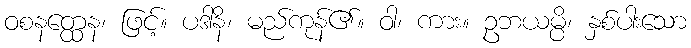
ဝစနတ္ထေန၊ ဖြင့်။ ပဒါနိ၊ မည်ကုန်၏။ ဝါ၊ ကား။ ဥဘယမ္ပိ၊ နှစ်ပါးသော